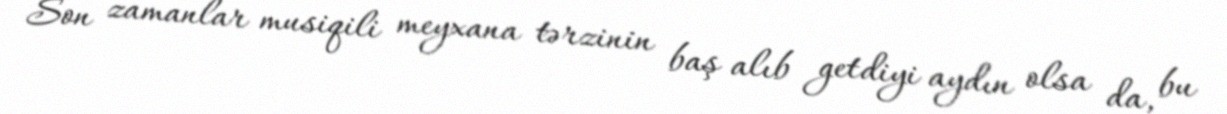
Son zamanlar musiqili meyxana tərzinin baş alıb getdiyi aydın olsa da, bu